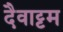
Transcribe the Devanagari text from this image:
दैवाट्टम